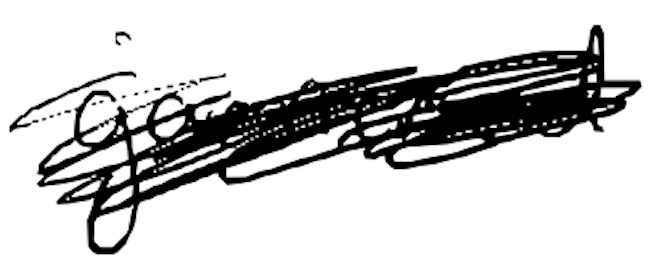
Text: garnered
Cross-out: scratch
Writing tool: digital_black